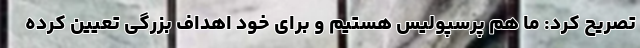
تصریح کرد: ما هم پرسپولیس هستیم و برای خود اهداف بزرگی تعیین کرده